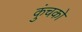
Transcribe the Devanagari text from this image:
कुंचको